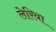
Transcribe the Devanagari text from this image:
लेरिया